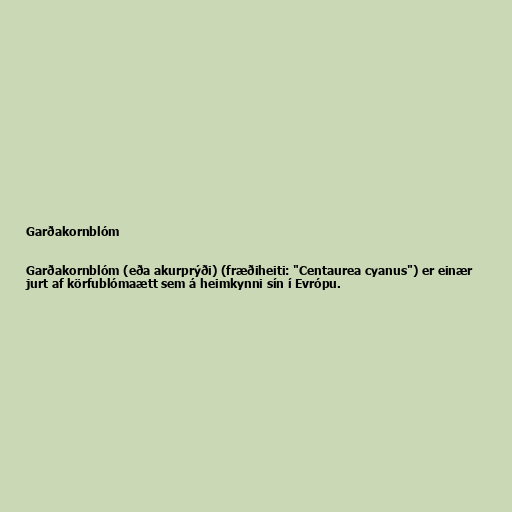
Garðakornblóm

Garðakornblóm (eða akurprýði) (fræðiheiti: "Centaurea cyanus") er einær
jurt af körfublómaætt sem á heimkynni sín í Evrópu.